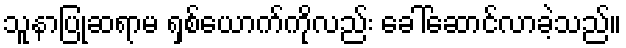
သူနာပြုဆရာမ ရှစ်ယောက်ကိုလည်း ခေါ်ဆောင်လာခဲ့သည်။